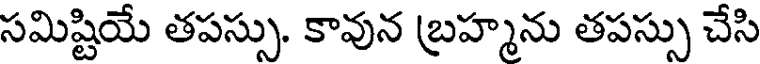
సమిష్టియే తపస్సు. కావున బ్రహ్మను తపస్సు చేసి